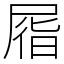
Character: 㞛